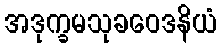
အဒုက္ခမသုခဝေဒနိယံ